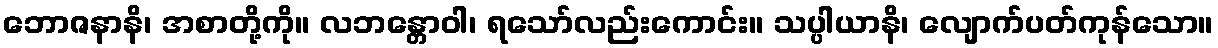
ဘောဇနာနိ၊ အစာတို့ကို။ လဘန္တောဝါ၊ ရသော်လည်းကောင်း။ သပ္ပါယာနိ၊ လျောက်ပတ်ကုန်သော။